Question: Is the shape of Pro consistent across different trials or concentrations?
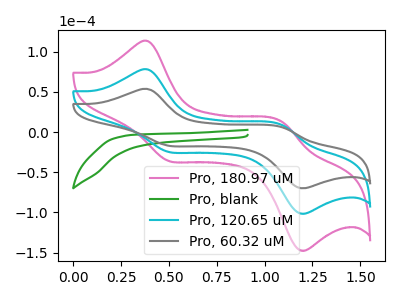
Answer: <think>The pink curve "Pro, 180.97 uM" has anodic peaks at (0.40V, 155.90uA) (1.10V, 18.20uA) and cathodic peaks at (0.50V, -49.20uA) (1.20V, -202.00uA). The green curve "Pro, blank" has no peaks. The cyan curve "Pro, 120.65 uM" has anodic peaks at (0.40V, 77.95uA) (1.10V, 9.10uA) and cathodic peaks at (0.50V, -24.60uA) (1.20V, -101.00uA). The gray curve "Pro, 60.32 uM" has anodic peaks at (0.40V, 53.65uA) (1.10V, 6.25uA) and cathodic peaks at (0.50V, -16.95uA) (1.20V, -69.50uA).
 "Pro, 180.97 uM" and "Pro, blank" have a different number of peaks. All the peaks in "Pro, 180.97 uM" have a peak in "Pro, 120.65 uM" at the same potential. Every peak in "Pro, 180.97 uM" is higher than every peak in "Pro, 120.65 uM". All the peaks in "Pro, 180.97 uM" have a peak in "Pro, 60.32 uM" at the same potential. Every peak in "Pro, 180.97 uM" is higher than every peak in "Pro, 60.32 uM". "Pro, blank" and "Pro, 120.65 uM" have a different number of peaks. "Pro, blank" and "Pro, 60.32 uM" have a different number of peaks. All the peaks in "Pro, 120.65 uM" have a peak in "Pro, 60.32 uM" at the same potential. Every peak in "Pro, 120.65 uM" is higher than every peak in "Pro, 60.32 uM".</think>
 <answer>All the CV's of "Pro" have similar shape.</answer>
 <eval>follow_rule</eval>